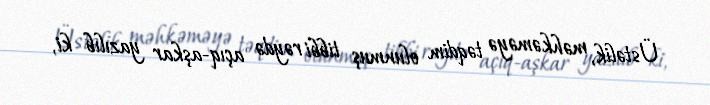
Üstəlik, məhkəməyə təqdim olunmuş tibbi rəydə açıq-aşkar yazılıb ki,